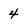
Character: 4